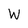
Character: W